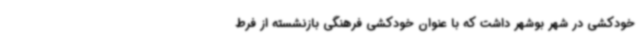
خودکشی در شهر بوشهر داشت که با عنوان خودکشی فرهنگی بازنشسته از فرط